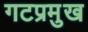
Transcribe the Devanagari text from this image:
गटप्रमुख